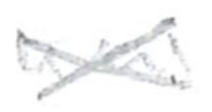
Text: was
Cross-out: cross
Writing tool: pencil